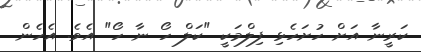
ކަރީނާ އަށް ހުށަހެޅި ފިލްމަކީ "ކަލް ހޯ ނާ ހޯ" އެވެ. އެހެން